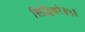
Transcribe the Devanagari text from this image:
सिद्धिवरे॥५॥